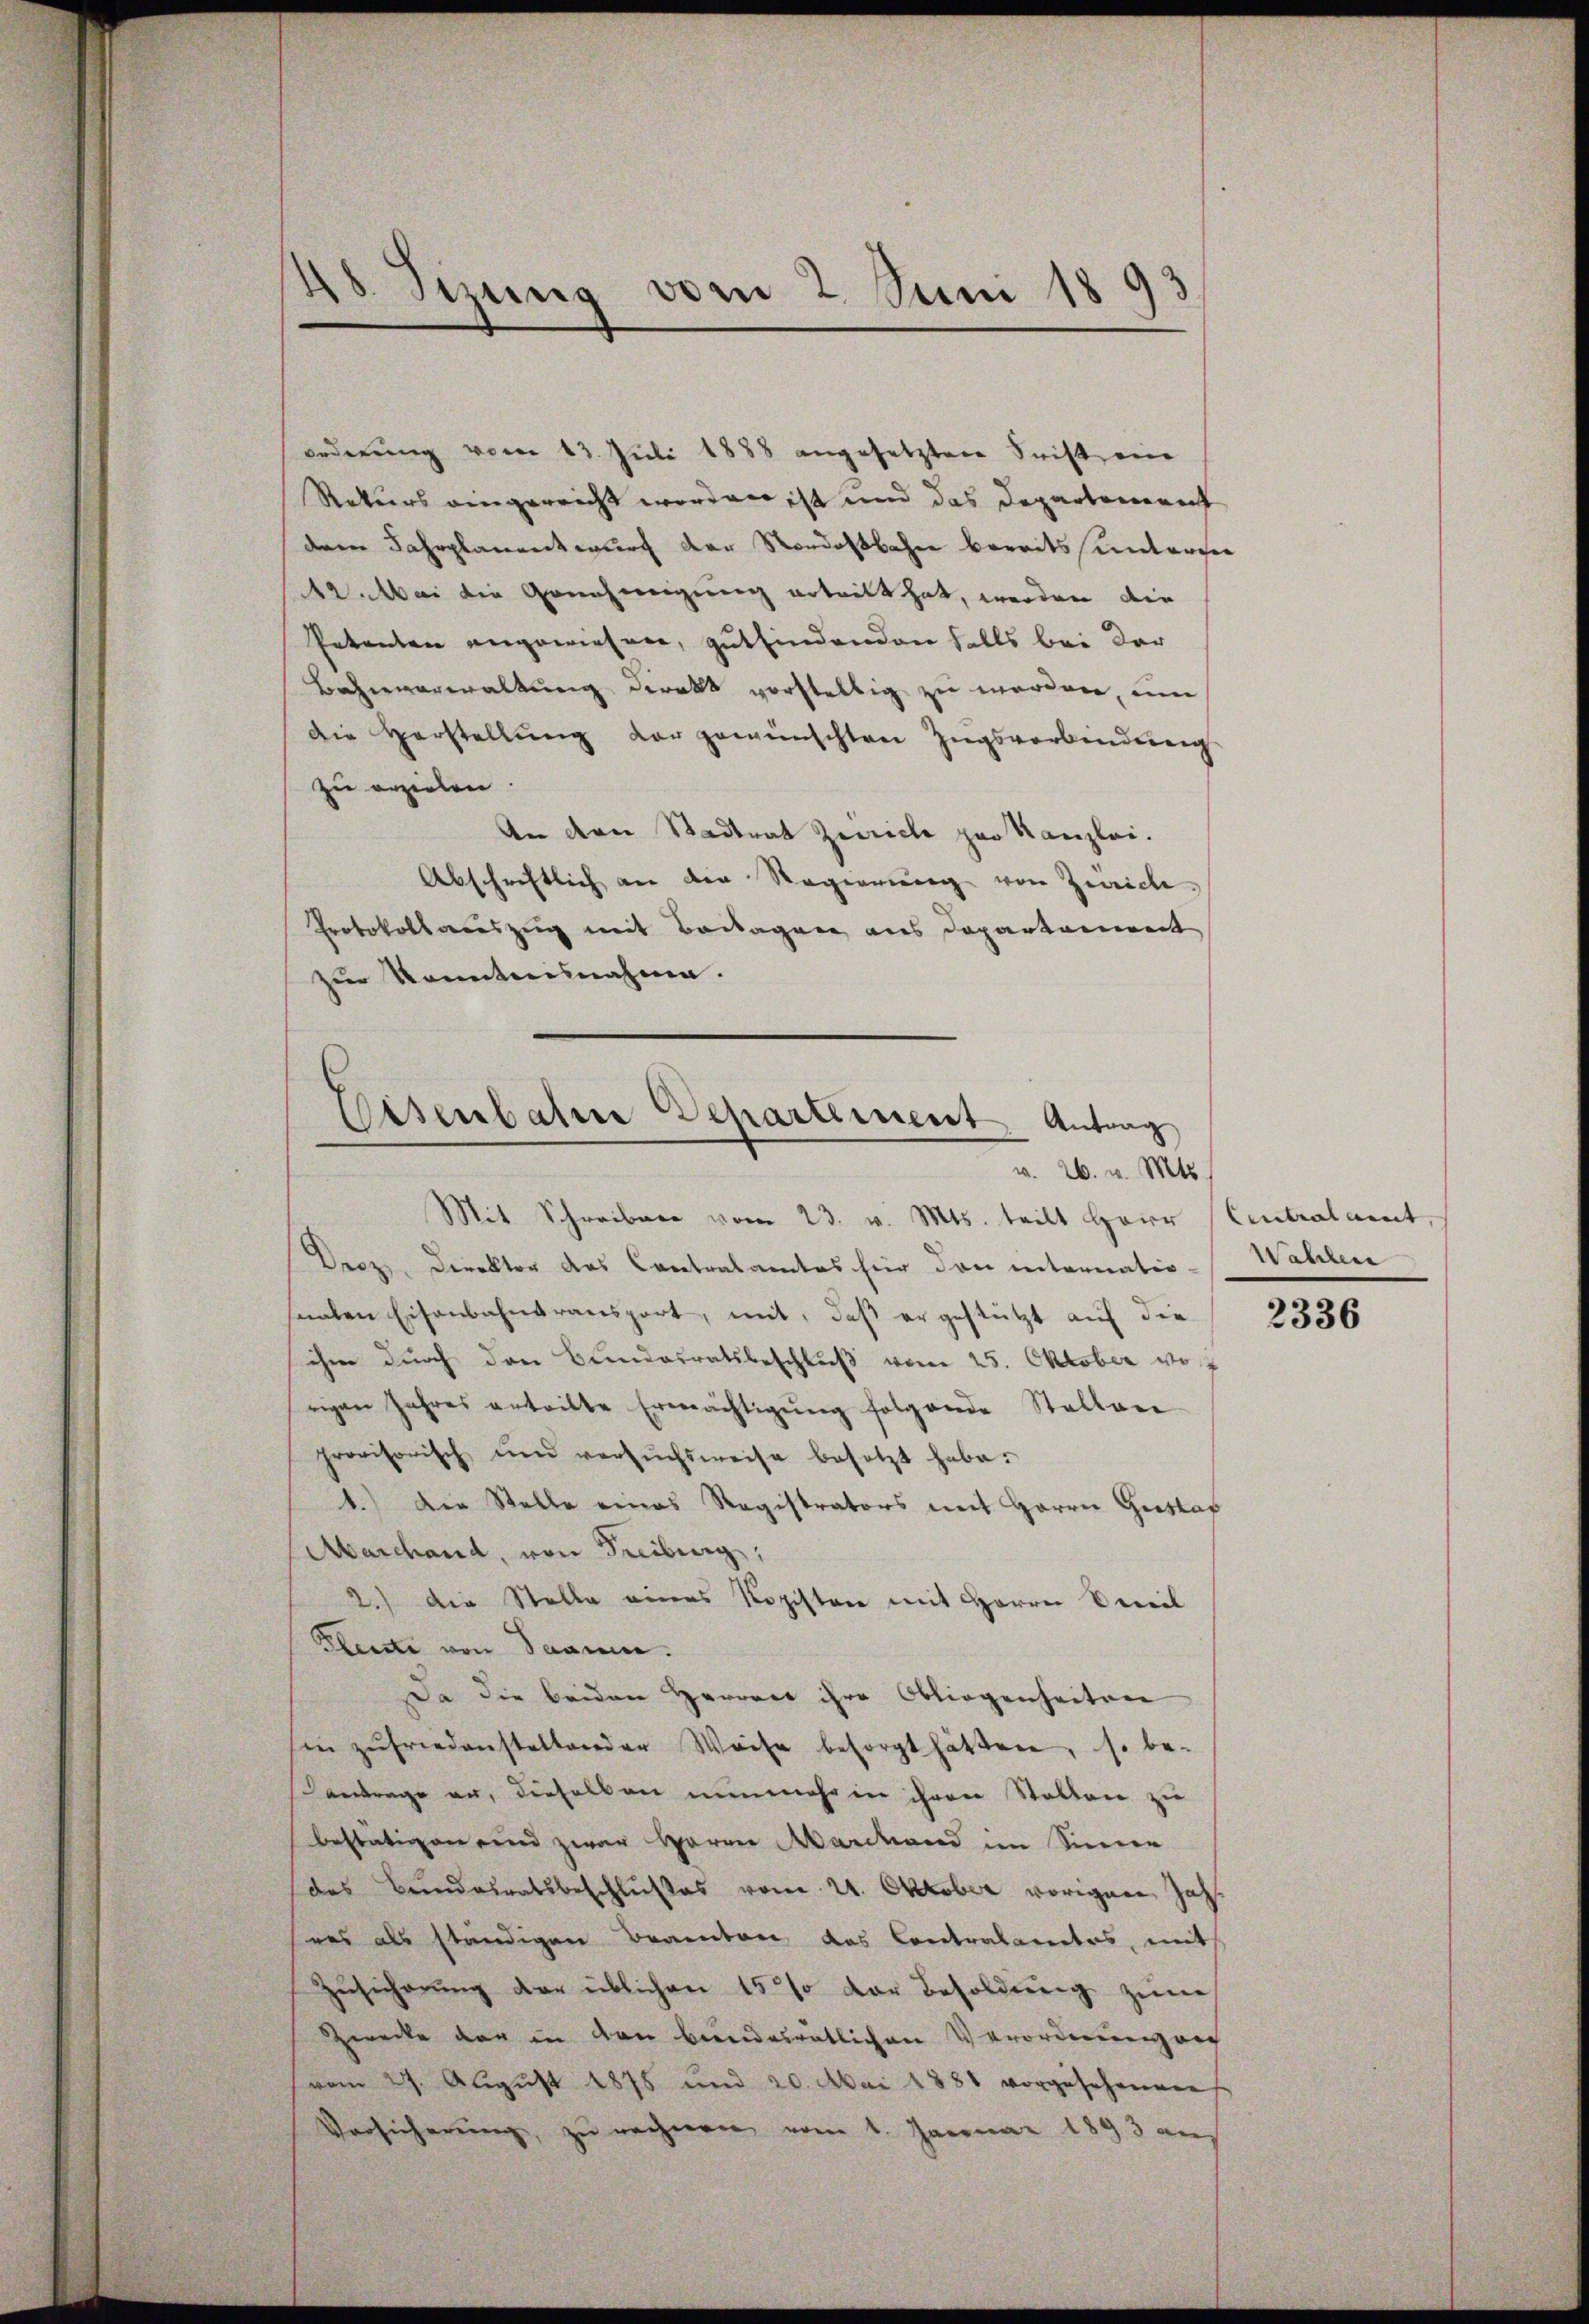
orderung vom 13. Juli 1888 angesetzten Frist ein
Rekurs eingereicht worden ist und das Departement
dere Jahrplanentwurf der Nordostbahn bereits sunterger
12. Mai die Genehmigung ertritt hat, werden die
Petenten angewiesen, gutfindenden falls bei der
Bahnverwaltung direkt vorstellig zu werden, um
die Herstellŭng der gewünschten Zugsverbindung
zu erzielen.
An dere Stadtrat Zeiriche par Kanzlei.
Abschriftlich an der Regierung von Zwicke
Protokollsauszug mit Beilagen aus Departement
zur Kenntnisnahme.

n
.
18. Sizung vom 2. Juni 189

Eisenbahrer Departement Antrag
v. 26. v. Mts.

Mit Schreiben vom 23. v. Mts. teilt Herr Centralamt,
Droz, Direktor des Contralamtes hier den internatio
snaten Eisenbahntransport, mit, daß er gestützt auf die
ihm durch den Bundesratsbeschluß vom 25. Oktober vo
rigen Jahres erteilte Ermächtigŭng folgende Stellen
provisorisch und versŭchsweise besetzt habe.
1.) Die Stelle eines Registrators mit Herrn Gretlof
Marchand, von Freiburg,
2.) Die Stelle eines Registen mit Herrn Seeil
Kleute von Saame.
Da die beiden Herrer ihre Obliegenheiten
sie zufriedenstaltender Weise besorgt hätten, so be-
antrage an, dieselben nunmehr in ihren Stellen zu
bestätigen sind zwar Herrn Marchand im Sinner
das Bundesratsbeschlußes vom 21. Oktober vorigene Jahsees als ständigen Beamten das Contralamtes, mit
Zusicherung der üblichen 15% der Besoldung zum
Zwecke der in von bundesratlichen Verordnung nic
vom 27. August 1875 und 20. Mai 1881 vorgesehenmens
Vorsicherŭng, zu rechnen vom 1. Januar 1893 auf

Wahlene

2336